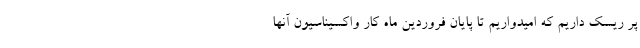
پر ریسک داریم که امیدواریم تا پایان فروردین ماه کار واکسیناسیون آنها